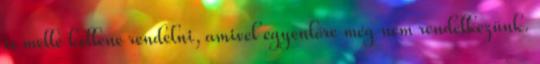
is mellé kellene rendelni, amivel egyenlőre még nem rendelkezünk.